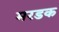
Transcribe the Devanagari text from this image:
मरडक